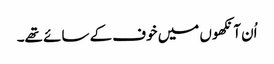
اُن آنکھوں میں خوف کے سائے تھے۔